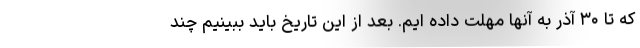
که تا ۳۰ آذر به آنها مهلت داده ایم. بعد از این تاریخ باید ببینیم چند